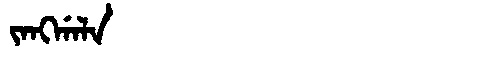
Manchu: ᠵᠠᠩᡤᠠᠯᠠ
Romanization: JANGGALA